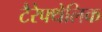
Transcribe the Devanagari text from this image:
टैरेफ्थेलिक